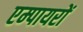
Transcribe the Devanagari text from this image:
एम्पायरों